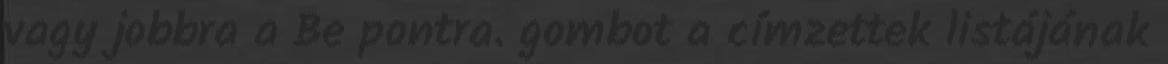
vagy jobbra a Be pontra. gombot a címzettek listájának